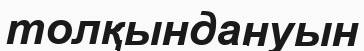
толқындануын